Document type: Dowry acquittance
Year: 1240
Scribe: Pere de Bages
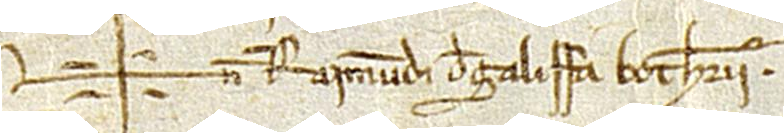
Sig+num Raimundi de Galifa, botherii.